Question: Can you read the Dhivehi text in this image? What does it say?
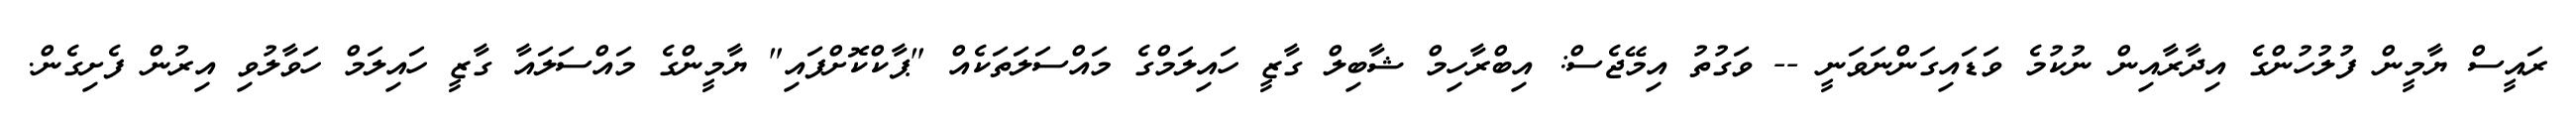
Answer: ރައީސް ޔާމީން ފުލުހުންގެ އިދާރާއިން ނުކުމެ ވަޑައިގަންނަވަނީ -- ވަގުތު އިމޭޖެސް: އިބްރާހިމް ޝާބިލް ގާޒީ ހައިލަމްގެ މައްސަލަތަކެއް "ޕާކްކޮށްފައި" ޔާމީންގެ މައްސަލައާ ގާޒީ ހައިލަމް ހަވާލުވި އިރުން ފެށިގެން.